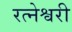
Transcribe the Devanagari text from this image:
रत्नेश्वरी